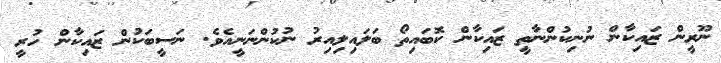
ނޫރީން ޒައިކާން ނުނިކުންނާތީ ޒައިކާން ކޮބައިތޯ ބަލައިލިއިރު ނުކުންނަނީއެވެ. ނަސީބަކުން ޒައިކާން ހުރީ